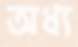
অধ্য